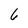
Character: 6